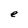
Character: e